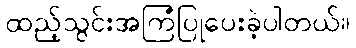
ထည့်သွင်းအကြံပြုပေးခဲ့ပါတယ်။